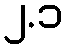
၂.၁